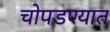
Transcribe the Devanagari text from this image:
चोपडण्यात